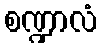
စဏ္ဍာလံ